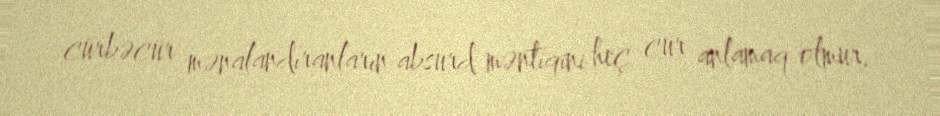
cürbəcür mənalandıranların absurd məntiqini heç cür anlamaq olmur.